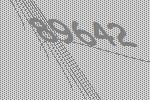
89642